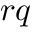
r q